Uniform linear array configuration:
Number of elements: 64
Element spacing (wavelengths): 0.25
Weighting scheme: uniform
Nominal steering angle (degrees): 15
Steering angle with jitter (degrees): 13.968
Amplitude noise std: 0.05
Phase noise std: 0.05

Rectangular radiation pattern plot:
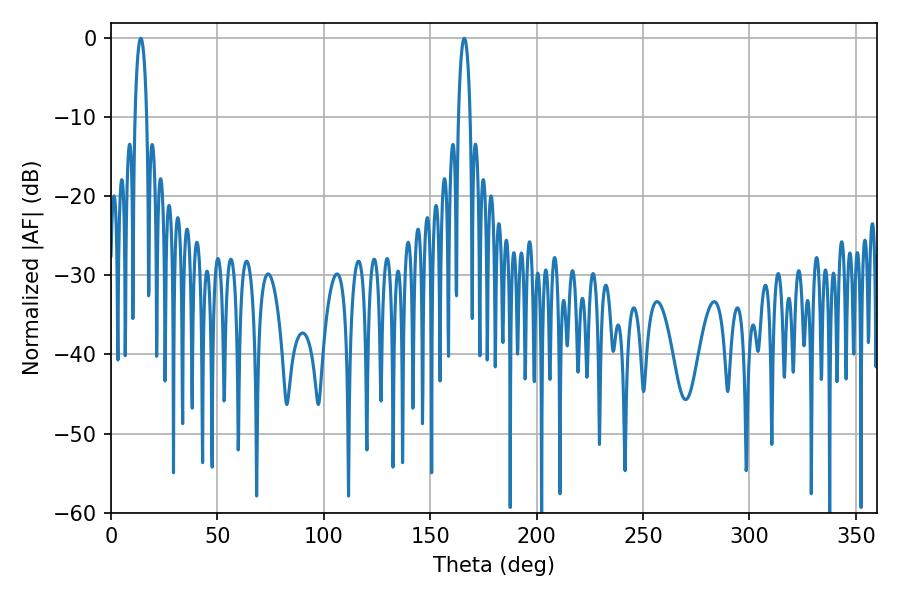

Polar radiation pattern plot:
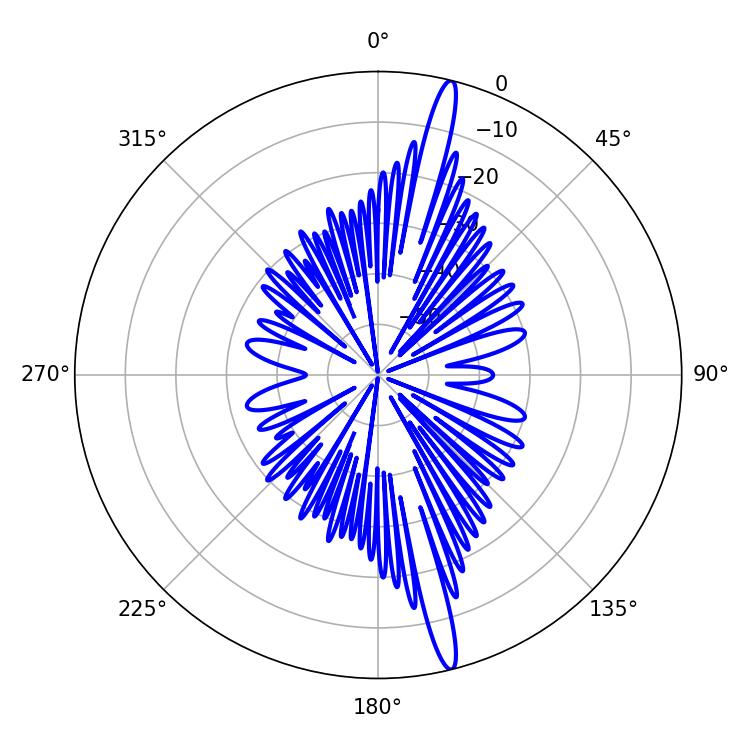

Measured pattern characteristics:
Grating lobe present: FALSE
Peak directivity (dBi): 18.095
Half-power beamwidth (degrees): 3.06
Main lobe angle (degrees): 14.04